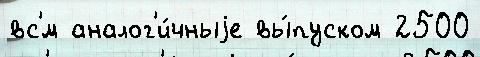
вс'́м аналог'и́чныjе вы́пуском 2500